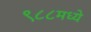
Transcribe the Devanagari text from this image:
९८८मध्ये